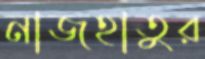
নাজহাতুর